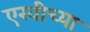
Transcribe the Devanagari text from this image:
एरवीच्या